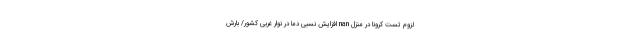
لزوم تست کرونا در منزل nan افزایش نسبی دما در نوار غربی کشور/ بارش